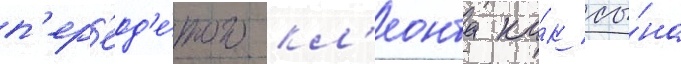
п'ер'еод'е́того кл'еонта ка́к сы́на